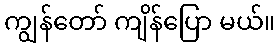
ကျွန်တော် ကျိန်ပြော မယ်။